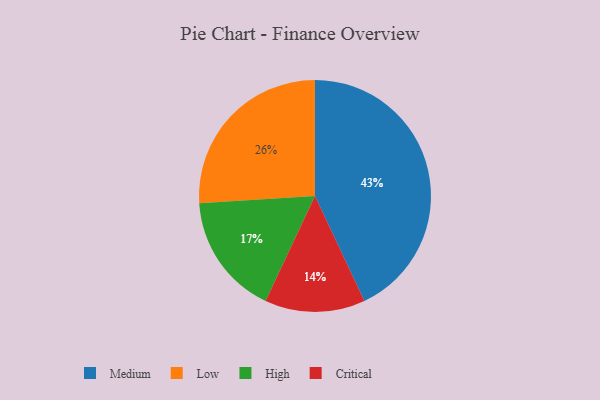
{"axis": {"x": "Category", "y": "Percentage"}, "legend": ["Critical", "High", "Low", "Medium"], "data": [{"x": "Medium", "y": 43, "type": "Medium"}, {"x": "Low", "y": 26, "type": "Low"}, {"x": "Critical", "y": 14, "type": "Critical"}, {"x": "High", "y": 17, "type": "High"}]}